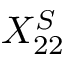
X _ { 2 2 } ^ { S }